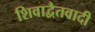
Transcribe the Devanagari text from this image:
शिवाद्वैतवादी